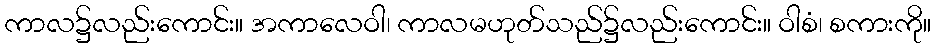
ကာလ၌လည်းကောင်း။ အကာလေဝါ၊ ကာလမဟုတ်သည်၌လည်းကောင်း။ ဝါစံ၊ စကားကို။